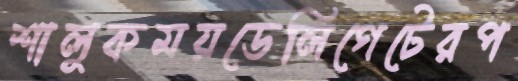
শালুকময়ডেলিগেটেরপ